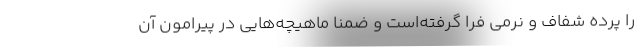
را پرده شفاف و نرمی فرا گرفته‌است و ضمناً ماهیچه‌هایی در پیرامون آن